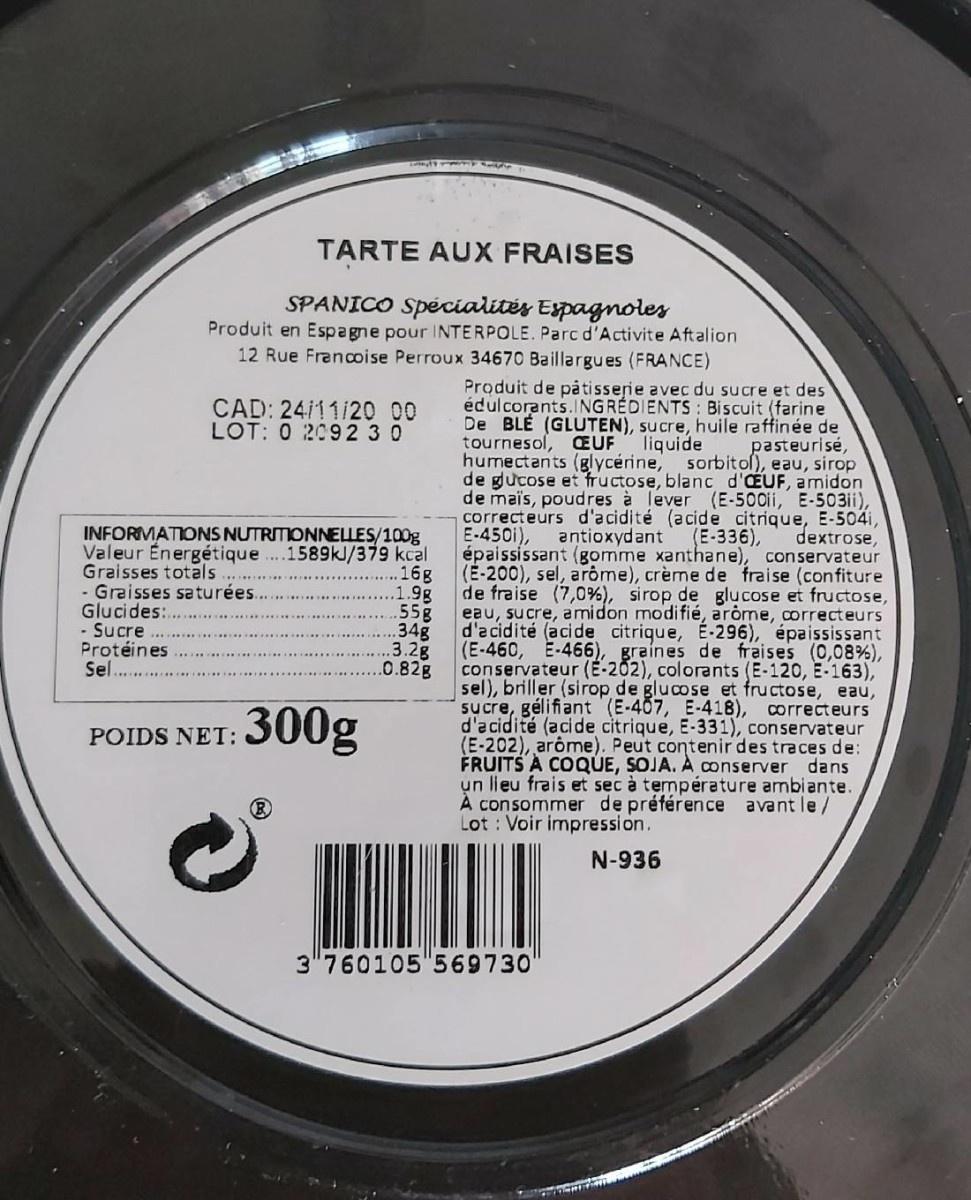
TARTE AUX FRAISES
SPANICO Spécialités Expagnoles Produit en Espagne pour INTERPOLE. Parc d'Activite Aft alion 12 Rue Francoise Perroux 34670 Baillargues (FRANCE)
Produit de påtisserie avec du sucre et des édulcorants.INGREDIENTS: Biscuit (farine De BLE (GLUTEN), sucre, huile raffinée de tournesol, EUF humectants (glycérine, sorbitol), eau, sirop de gucose et fructose, blanc d'CEUF, amidon de maïs, poudres à lever (E-500ii, E-503ii), correcteurs d'acidité (acide citrique, E-504i, E-450i), épaississant (gomme xanthane), conservateur (E-200), sel, arôme), crème de fraise (confiture de fraise (7,0%), sirop de glucose et fructose, eau, sucre, amidon modifié, arome, correcteurs d'a cidité (acide citrique, E-296), épaississant (E-460, E-466), graines de fraises (0,08%), conservateur (E-202), colorants (E-120, E-163), sel), briller (sirop de glucose et fructose, eau, sucre, gélifiant (E-407, E-418), correcteurs d'acidité (acide citrique, E-331), conservateur (E-202), arôme). Peut contenir des traces de: FRUITS A COQUE, SOJA. A conserver dans un lieu frais et sec à température ambiante. À consommer de préférence avant le/ Lot : Voir impression.
CAD: 24/11/20 00 LOT: 0 2092 3 0
liquide
pasteurisé,
INFORMATIONS NUTRITONNELLES/100g Valeur Énergétique Graisses totals - Graisses saturées. Glucides:.. - Sucre Protéines Sel
antioxydant
(E-336),
dextrose,
.1589kJ/379 kcal .16g 1.9g .55g 34g 3.2g .0.82g
300g
POIDS NET:
N-936
3"760105"569730